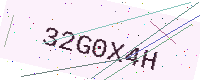
Text: 32G0X4H